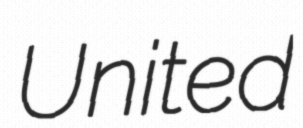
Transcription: United